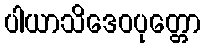
ပါယာသိဒေဝပုတ္တော